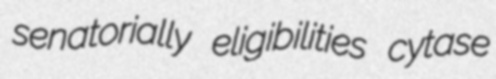
senatorially eligibilities cytase